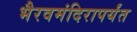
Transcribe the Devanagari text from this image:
भैरवमंदिरापर्यंत